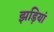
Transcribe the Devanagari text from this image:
झड़ियां